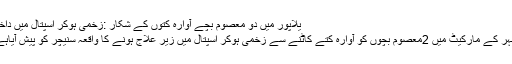
یلاپور میں دو معصوم بچے آوارہ کتوں کے شکار :زخمی ہوکر اسپتال میں داخل
شہر کے مارکیٹ میں 2معصوم بچوں کو آوارہ کتے کاٹنے سے زخمی ہوکر اسپتال میں زیر علاج ہونے کا واقعہ سنیچر کو پیش آیاہے۔